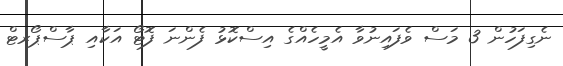
ނެގިފަހުން 3 މަސް ވެފައިނުވާ އެމީހެއްގެ އިސްކޮޅު ފެންނަ ފޮޓޯ އަކާއި ޕާސްޕޯރޓް